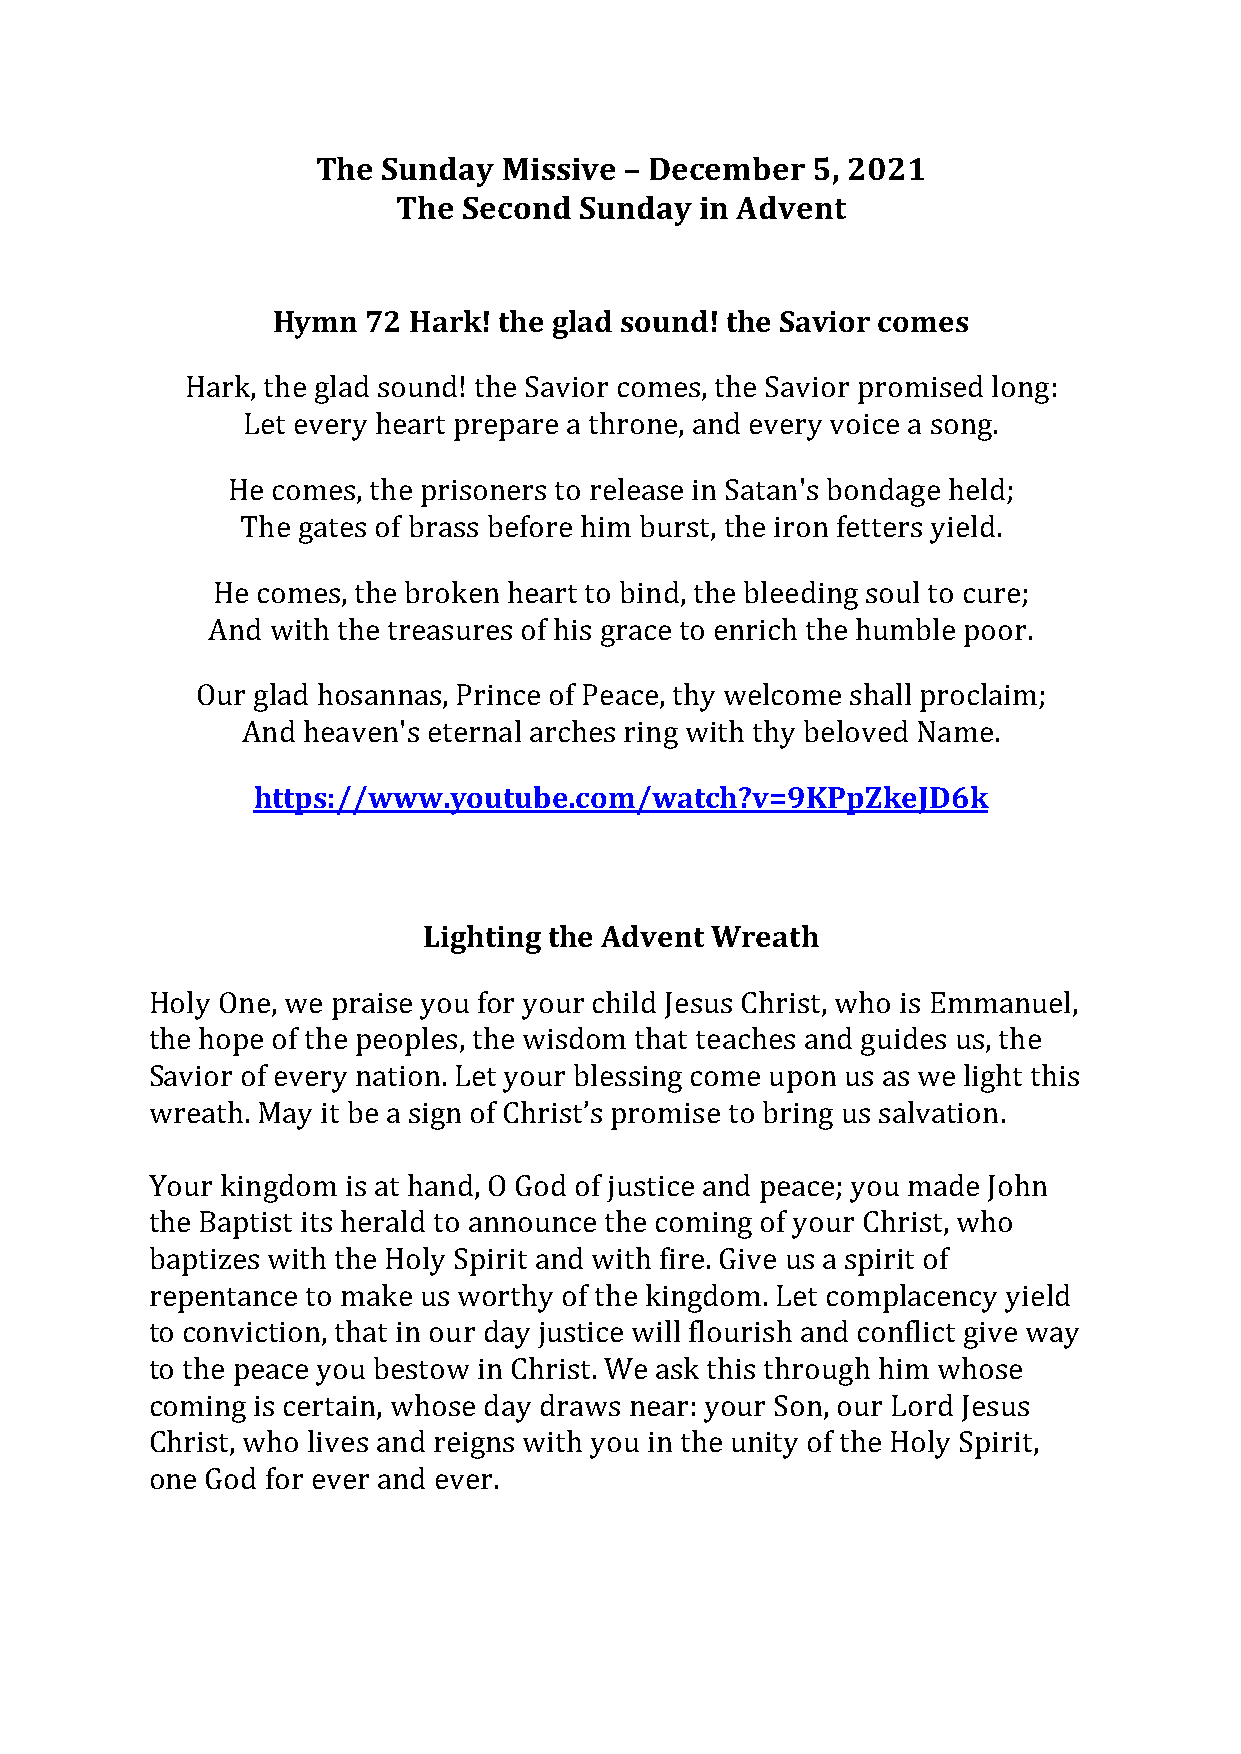
The Sunday  Missive – December   5, 2021
 The  Second Sunday  in Advent
 Hymn  72 Hark! the glad sound! the Savior comes
 Hark, the glad sound! the Savior comes, the Savior promised long:
 Let every heart prepare a throne, and every voice a song.
 He comes, the prisoners to release in Satan's bondage held;
 The gates of brass before him burst, the iron fetters yield.
 He comes, the broken heart to bind, the bleeding soul to cure;
 And with the treasures of his grace to enrich the humble poor.
 Our glad hosannas, Prince of Peace, thy welcome shall proclaim;
 And heaven's eternal arches ring with thy beloved Name.
 https://www.youtube.com/watch?v=9KPpZkeJD6k
 Lighting the Advent Wreath
 Holy One, we praise you for your child Jesus Christ, who is Emmanuel,
 the hope of the peoples, the wisdom that teaches and guides us, the
 Savior of every nation. Let your blessing come upon us as we light this
 wreath. May it be a sign of Christ’s promise to bring us salvation.
 Your kingdom is at hand, O God of justice and peace; you made John
 the Baptist its herald to announce the coming of your Christ, who
 baptizes with the Holy Spirit and with fire. Give us a spirit of
 repentance to make us worthy of the kingdom. Let complacency yield
 to conviction, that in our day justice will flourish and conflict give way
 to the peace you bestow in Christ. We ask this through him whose
 coming is certain, whose day draws near: your Son, our Lord Jesus
 Christ, who lives and reigns with you in the unity of the Holy Spirit,
 one God for ever and ever.